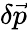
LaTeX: \delta\vec{p}